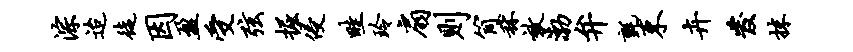
淙迨徒因盈受弦掘侵畦玲扇则筒秫效渤弁毡束卉发抹